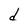
Character: d